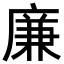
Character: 廉